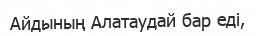
Айдының Алатаудай бар еді,